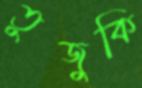
তুজুকি